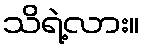
သိရဲ့လား။